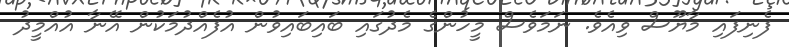
ފެނިފައި މާޔޫސް ވިއެވެ. ނަމަވެސް މީހުންގެ މެދުގައި ބައިބައިވުން އުފެއްދުމަކުން އޭނާ އުއްމީދު